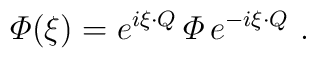
{\mit\Phi} (\xi) = e^{i \xi \cdot Q}\, {\mit\Phi}\, e^{- i \xi \cdot Q}\ .